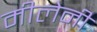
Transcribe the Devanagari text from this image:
मीलेनी